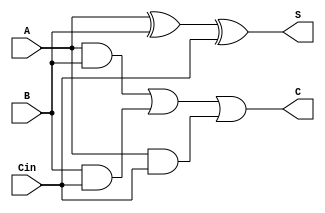
module CarrySaveAdder (
    input [N-1:0] A,   // First operand
    input [N-1:0] B,   // Second operand
    input [N-1:0] Cin, // Carry input
    output [N-1:0] S,  // Sum output
    output [N-1:0] C   // Carry output
);
    parameter N = 8; // Bit-width of operands

    assign S = A ^ B ^ Cin; // Sum is the XOR of A, B, and Cin
    assign C = (A & B) | (B & Cin) | (A & Cin); // Carry is the OR of the ANDs

endmodule